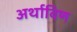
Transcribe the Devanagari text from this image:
अर्थाविण